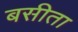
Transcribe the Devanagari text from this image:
बसीता